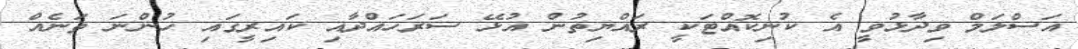
އަސްލަމް ވިދާޅުވީ އެ ކުނިކޮއްޓަކީ ރައްޔިތުން އުޅޭ ސަރަހައްދާއި ކައިރީގައި ހުންނަ ތަނެއް